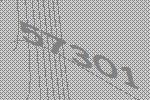
57301